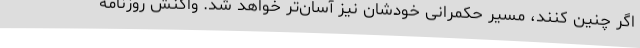
اگر چنین کنند، مسیر حکمرانی خودشان نیز آسان‌تر خواهد شد. واکنش روزنامه